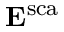
\mathbf { E } ^ { \mathrm { s c a } }